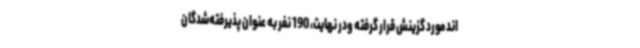
اند مورد گزینش قرار گرفته ودر نهایت، 190 نفر به عنوان پذیرفته‌شدگان